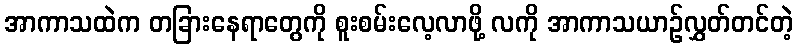
အာကာသထဲက တခြားနေရာတွေကို စူးစမ်းလေ့လာဖို့ လကို အာကာသယာဉ်လွှတ်တင်တဲ့